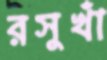
রসুখাঁ